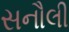
સનૌલી